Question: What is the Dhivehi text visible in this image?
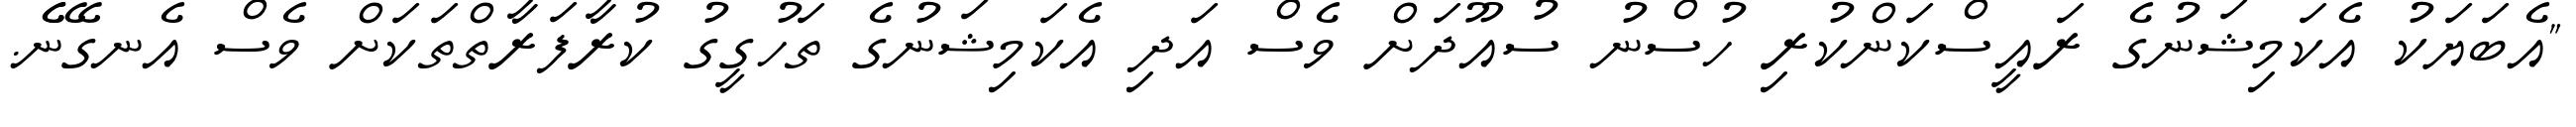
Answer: "އެބަޔަކު އެކަމިޝަނުގެ ރައީސްކަންކުރި ހުސްނު ސުއޫދަށް ވެސް އަދި އެކަމިޝަނުގެ ތަހުގީގު ކުރާފަރާތްތަކަށް ވެސް އެނގޭނެެ.